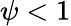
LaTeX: \psi<1